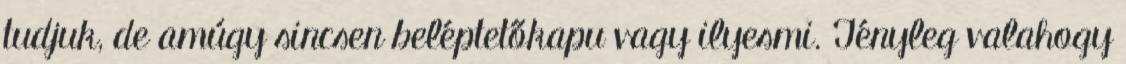
tudjuk, de amúgy sincsen beléptetőkapu vagy ilyesmi. Tényleg valahogy